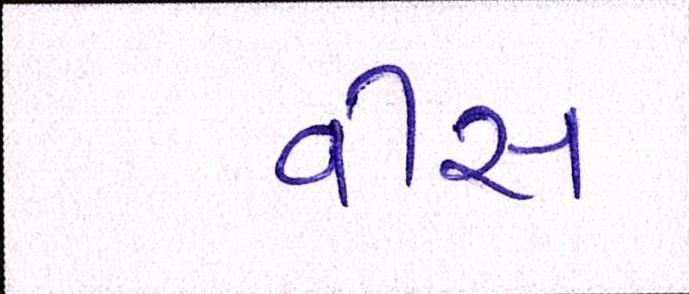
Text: વીસ